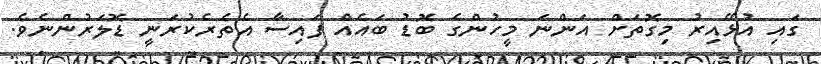
ގައި އުޅޭއިރު މިގޮތަށް އަންނަ މީހުންގެ ބޮޑު ބައެއް ފައިސާ އެތެރެކުރަނީ ޑޮލަރުންނެވެ.